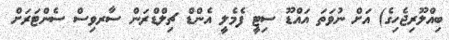
ބިއްލޫރިޖެހިގެ) އަށް ނުވަތަ އައްޑޫ ސިޓީ ފެމެލީ އެންޑް ޗިލްޑްރަން ސާރވިސް ސެންޓަރަށް